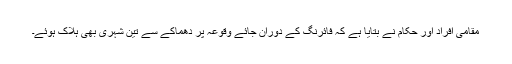
مقامی افراد اور حکام نے بتایا ہے کہ فائرنگ کے دوران جائے وقوعہ پر دھماکے سے تین شہری بھی ہلاک ہوئے۔